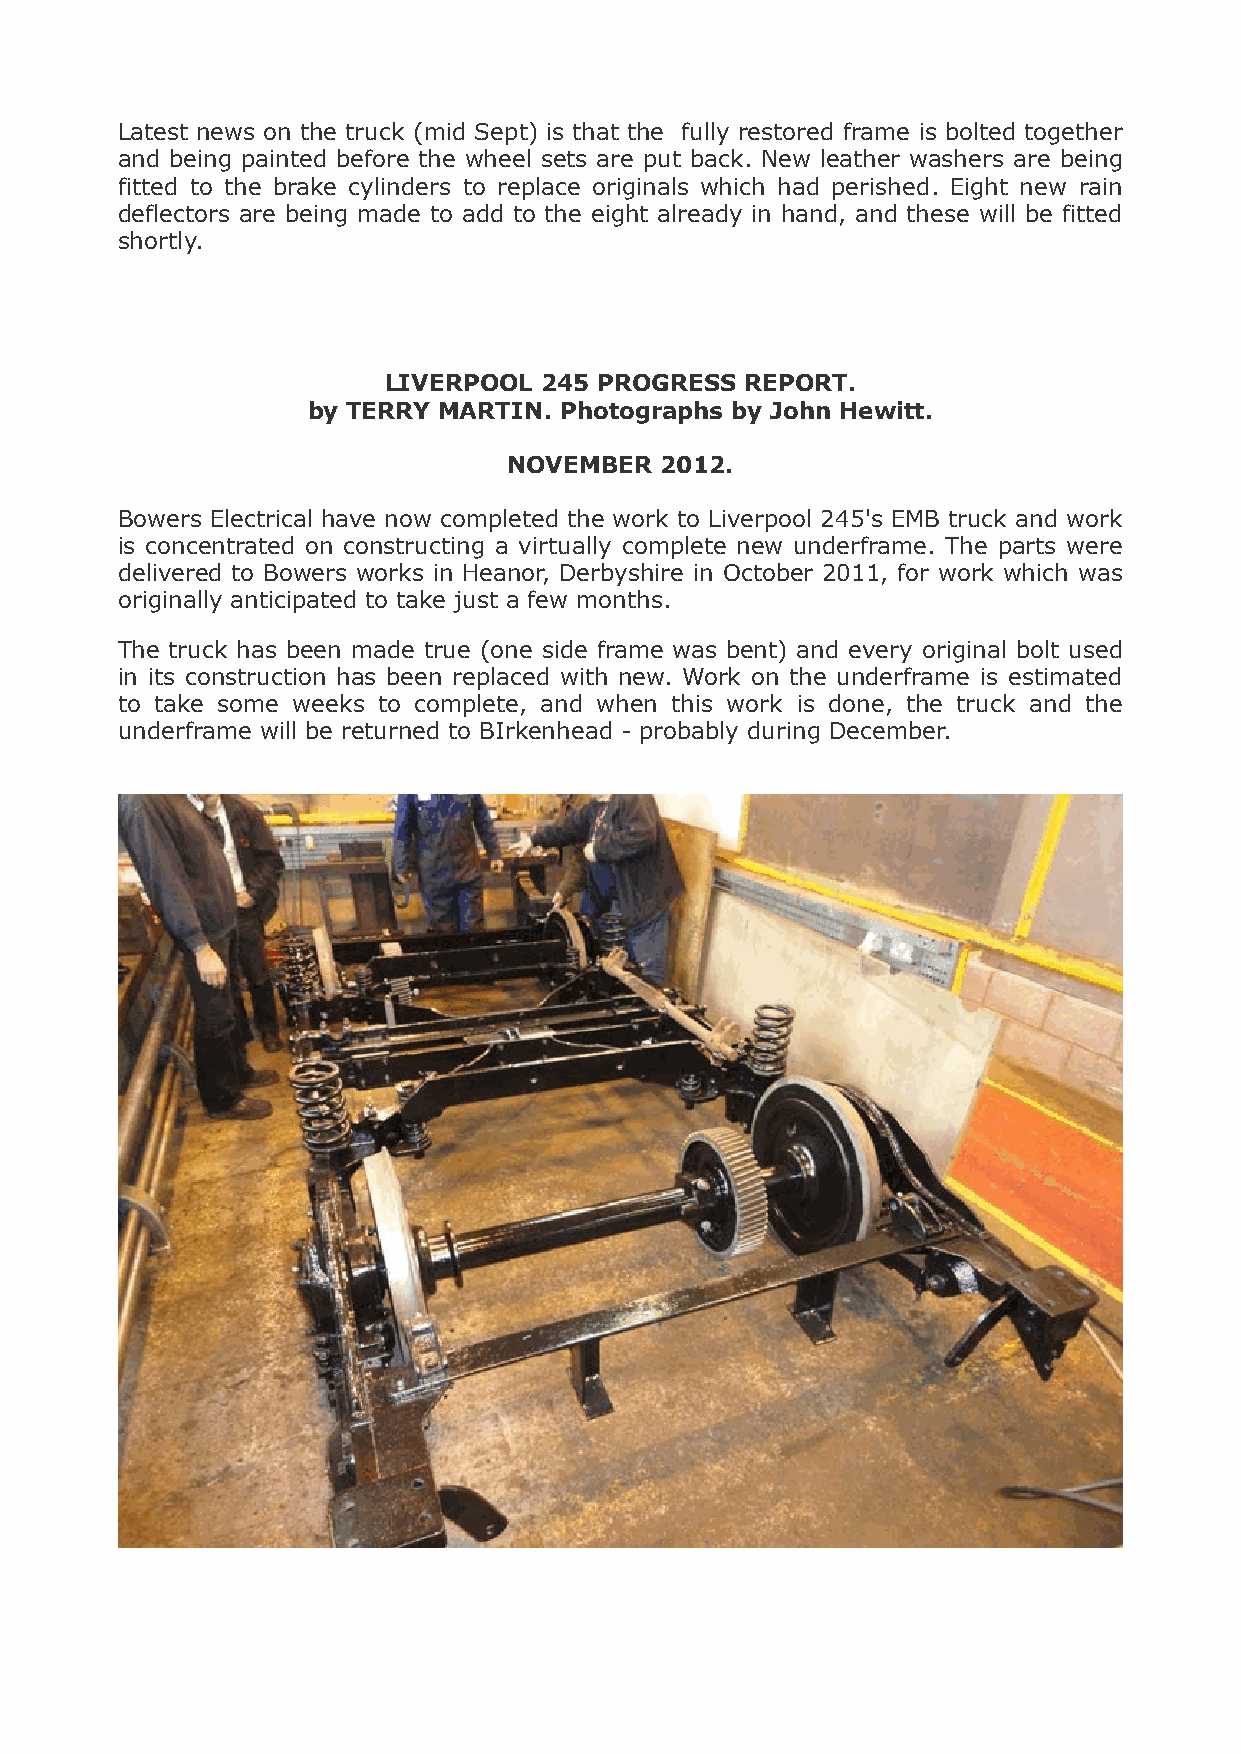
Latest news on the truck (mid Sept) is that the fully restored frame is bolted together
 and being painted before the wheel sets are put back. New leather washers are being
 fitted to the brake cylinders to replace originals which had perished. Eight new rain
 deflectors are being made to add to the eight already in hand, and these will be fitted
 shortly.
 !
 LIVERPOOL  245 PROGRESS REPORT.
 by TERRY MARTIN. Photo!graphs by John Hewitt.
 NOVEMBER  2012.
 Bowers Electrical have now completed the work to Liverpool 245's EMB truck and work
 is concentrated on constructing a virtually complete new underframe. The parts were
 delivered to Bowers works in Heanor, Derbyshire in October 2011, for work which was
 originally anticipated to take just a few months.
 The truck has been made true (one side frame was bent) and every original bolt used
 in its construction has been replaced with new. Work on the underframe is estimated
 to take some weeks to complete, and when this work is done, the truck and the
 underframe will be returned to BIrkenhead - probably during December.
 !